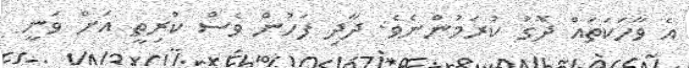
އެ ވާހަކަތައް ދޮގު ކުރަމުންނެވެ. ދާދި ފަހުން ވެސް ކްރިތީ އަށް ވަނީ